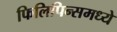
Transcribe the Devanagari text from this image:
फिलिपिन्समध्ये